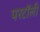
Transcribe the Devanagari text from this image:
परटॉली